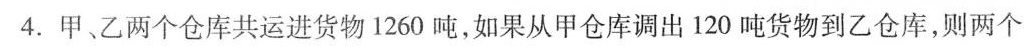
4.甲、乙两个仓库共运进货物1260吨，如果从甲仓库调出120吨货物到乙仓库，则两个